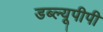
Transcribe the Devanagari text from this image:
डब्ल्यूपीपी